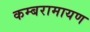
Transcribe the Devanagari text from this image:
कम्बरामायण